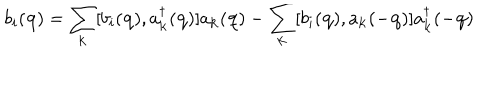
LaTeX: b _ { i } ( { \bf { q } } ) = \sum _ { { \bf { k } } } [ b _ { i } ( { \bf { q } } ) , a _ { { \bf { k } } } ^ { \dagger } ( { \bf { q } } ) ] a _ { { \bf { k } } } ( { \bf { q } } ) - \sum _ { { \bf { k } } } [ b _ { i } ( { \bf { q } } ) , a _ { { \bf { k } } } ( - { \bf { q } } ) ] a _ { { \bf { k } } } ^ { \dagger } ( - { \bf { q } } )